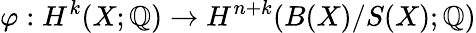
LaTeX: \varphi:H^{k}(X;\mathbb{Q})\to H^{n+k}(B(X)/S(X);\mathbb{Q})